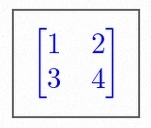
\begin{bmatrix}1&2\\3&4\end{bmatrix}